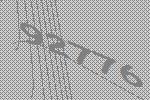
92776